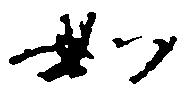
如